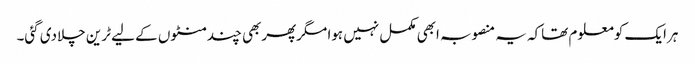
ہرایک کومعلوم تھاکہ یہ منصوبہ ابھی مکمل نہیں ہوا مگرپھربھی چندمنٹوں کے لیے ٹرین چلادی گئی۔